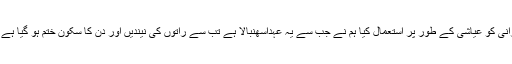
حفیظ الرحمن نے کہا کہ اس سے قبل کی حکومتوں میں لوگوں نے حکمرانی کو عیاشی کے طور پر استعمال کیا ہم نے جب سے یہ عہداسھنبالا ہے تب سے راتوں کی نیندیں اور دن کا سکون ختم ہو گیا ہے اور ہم جب اس عہدے پر نہیں تھے تب بہت اچھی زندگی گزررہی تھی ۔